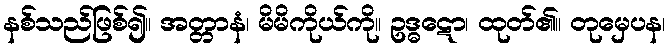
နစ်သည်ဖြစ်၍။ အတ္တာနံ၊ မိမိကိုယ်ကို။ ဥဒ္ဓဋော၊ ထုတ်၏။ တုမှေပန၊